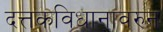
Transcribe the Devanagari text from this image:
दत्तकविधानावरुन